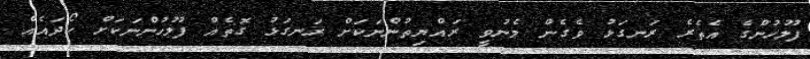
ފުލުހުންގެ އެތެރެ ރަނގަޅު ވެގެން މެނުވީ ރައްޔިތުންނަކަށް ރަނގަޅު ގޮތެއް ފުލުހުންނަކަށް ހޯދައެއް